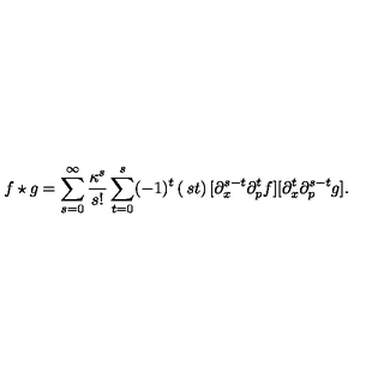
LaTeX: f \star g = \sum _ { s = 0 } ^ { \infty } \frac { \kappa ^ { s } } { s ! } \sum _ { t = 0 } ^ { s } ( - 1 ) ^ { t } \left( \begin{matrix} { s } \\ { t } \\ \end{matrix} \right) [ \partial _ { x } ^ { s - t } \partial _ { p } ^ { t } f ] [ \partial _ { x } ^ { t } \partial _ { p } ^ { s - t } g ] .